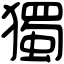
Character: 獨